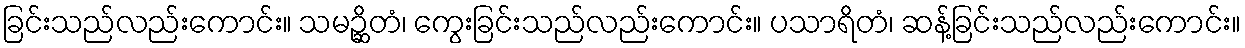
ခြင်းသည်လည်းကောင်း။ သမဉ္ဆိတံ၊ ကွေးခြင်းသည်လည်းကောင်း။ ပသာရိတံ၊ ဆန့်ခြင်းသည်လည်းကောင်း။